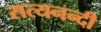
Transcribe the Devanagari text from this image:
सत्यनन्दी